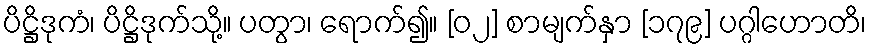
ပိဋ္ဌိဒုကံ၊ ပိဋ္ဌိဒုက်သို့။ ပတွာ၊ ရောက်၍။ [၀၂] စာမျက်နှာ [၁၇၉] ပဂ္ဂါဟောတိ၊